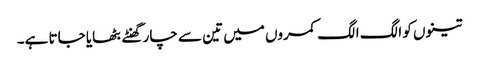
تینوں کو الگ الگ کمروں میں تین سے چار گھنٹے بٹھایا جاتا ہے۔